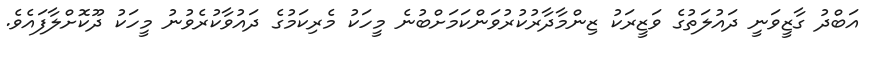
އަބްދު ގާޒީވަނީ ދައުލަތުގެ ވަޒީރަކު ޒިންމާދާރުކުރުވަންކަމަށްބުނެ މީހަކު މެރިކަމުގެ ދައުވާކުރެވުނު މީހަކު ދޫކޮށްލާފައެވެ.